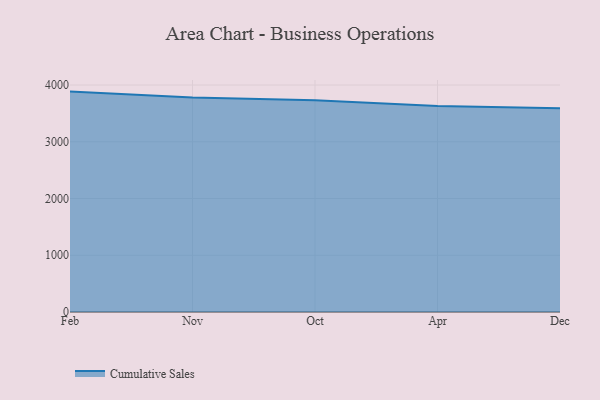
{"axis": {"x": "Month", "y": "Production Output"}, "legend": ["Cumulative Sales"], "data": [{"x": "Feb", "y": 3884.1, "type": "Cumulative Sales"}, {"x": "Nov", "y": 3778.0, "type": "Cumulative Sales"}, {"x": "Oct", "y": 3730.1, "type": "Cumulative Sales"}, {"x": "Apr", "y": 3629.5, "type": "Cumulative Sales"}, {"x": "Dec", "y": 3592.4, "type": "Cumulative Sales"}]}